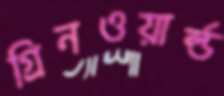
গ্রিনওয়ার্ল্ড